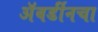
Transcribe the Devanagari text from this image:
अॅबर्डीनचा